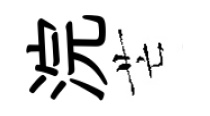
浣芒